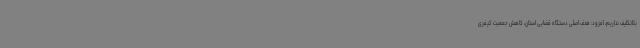
بلاتکلیف نداریم، افزود: هدف اصلی دستگاه قضایی استان، کاهش جمعیت کیفری